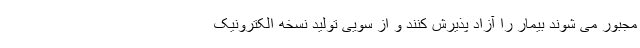
مجبور می شوند بیمار را آزاد پذیرش کنند و از سویی تولید نسخه الکترونیک